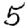
Digit: 5